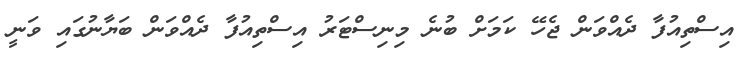
އިސްތިއުފާ ދެއްވަން ޖެހޭ ކަމަށް ބުނެ މިނިސްޓަރު އިސްތިއުފާ ދެއްވަން ބަޔާނުގައި ވަނީ